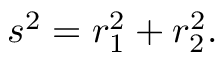
s ^ { 2 } = r _ { 1 } ^ { 2 } + r _ { 2 } ^ { 2 } .